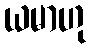
ယမာဟု